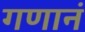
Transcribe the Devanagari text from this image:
गणानं